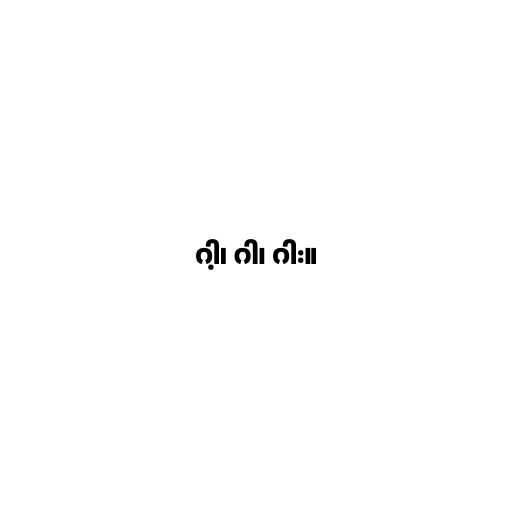
ဂါ့၊ ဂါ၊ ဂါး။